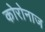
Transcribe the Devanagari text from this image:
कोरोनाज